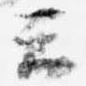
云